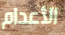
الأعدام